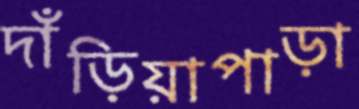
দাঁড়িয়াপাড়া